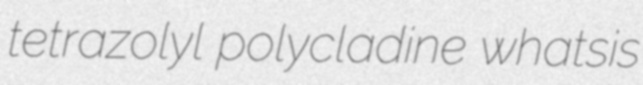
tetrazolyl polycladine whatsis